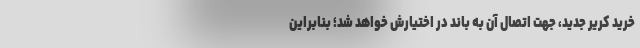
خرید کریر جدید، جهت اتصال آن به باند در اختیارش خواهد شد؛ بنابراین